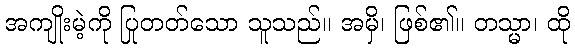
အကျိုးမဲ့ကို ပြုတတ်သော သူသည်။ အမှိ၊ ဖြစ်၏။ တသ္မာ၊ ထို